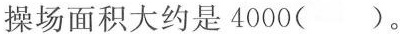
操场面积大约是4000()。